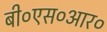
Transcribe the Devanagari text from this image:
बी०एस०आर०